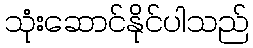
သုံးဆောင်နိုင်ပါသည်